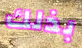
بذلك